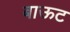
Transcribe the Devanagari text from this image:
बाऊट